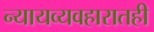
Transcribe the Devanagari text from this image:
न्यायव्यवहारातही